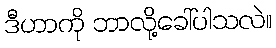
ဒီဟာကို ဘာလို့ခေါ်ပါသလဲ။